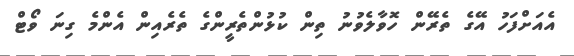
އެއަށްފަހު އޭގެ ތެރޭން ހޮވާލެވުނު ތިން ކުޅުންތެރީންގެ ތެރެއިން އެންމެ ގިނަ ވޯޓް